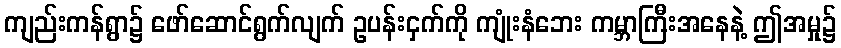
ကျည်းကန်ရွာ၌ ဖော်ဆောင်ရွက်လျက် ဥပန်းငှက်ကို ကျုံးနံဘေး ကမ္ဘာကြီးအနေနဲ့ ဤအမှု၌